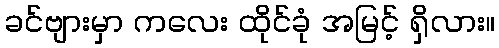
ခင်ဗျားမှာ ကလေး ထိုင်ခုံ အမြင့် ရှိလား။